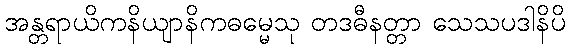
အန္တရာယိကနိယျာနိကဓမ္မေသု တဒဓီနတ္တာ သေသပဒါနိပိ